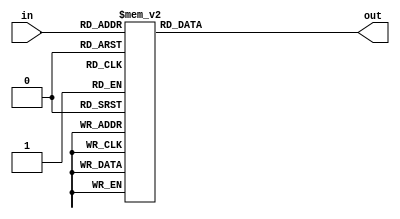
`timescale 1ns / 1ps
//////////////////////////////////////////////////////////////////////////////////
// Company: 
// Engineer: 
// 
// Design Name: 
// Module Name:    Klingon 
// Project Name: 
// Target Devices: 
// Tool versions: 
// Description: 
//
// Dependencies: 
//
// Revision: 
// Revision 0.01 - File Created
// Additional Comments: 
//
//////////////////////////////////////////////////////////////////////////////////
module Klingon(
    input [3:0] in,
    output [6:0] out
    );

wire [3:0] A;
reg [6:0] B;

assign A = in;
assign out = B;

always @(A)
begin
	case(A)
		4'b0000 : B <= 7'b1111110;
		4'b0001 : B <= 7'b1000000;
		4'b0010 : B <= 7'b1000001;
		4'b0011 : B <= 7'b1001001;
		4'b0100 : B <= 7'b0100011;
		4'b0101 : B <= 7'b0011101;
		4'b0110 : B <= 7'b0100101;
		4'b0111 : B <= 7'b0010011;
		4'b1000 : B <= 7'b0110110;
		4'b1001 : B <= 7'b0110111;
		default : B <= 7'b0000000;
		endcase
	end
endmodule